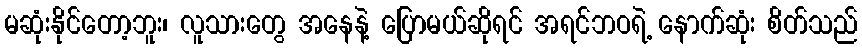
မဆုံးနိုင်တော့ဘူး၊ လူသားတွေ အနေနဲ့ ပြောမယ်ဆိုရင် အရင်ဘဝရဲ့ နောက်ဆုံး စိတ်သည်